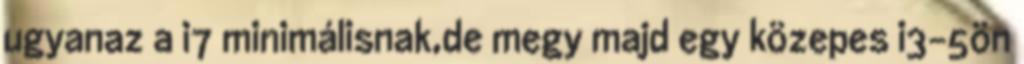
ugyanaz a i7 minimálisnak,de megy majd egy közepes i3-5ön